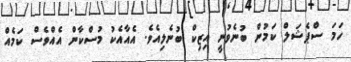
ހަމަ ސްޕެޝަލް ކަމުން ބުނެވުނީ އިޒިކް ބުނެލިއެވެ. އެއާއެކު މުސްކާން އެއްވެސް ކަމެއް